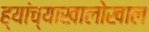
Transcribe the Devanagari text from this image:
ह्यांच्याखालोखाल